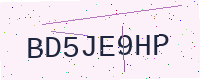
Text: BD5JE9HP